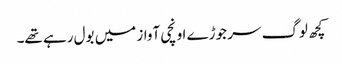
کچھ لوگ سر جوڑے اونچی آواز میں بول رہے تھے۔